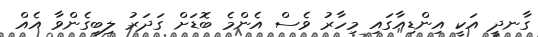
ގާނދީ އަކީ އިންޑިއާގައި މިހާރު ވެސް އެންމެ ބޮޑަށް ގަދަރު ލިބިގެންވާ އެއް